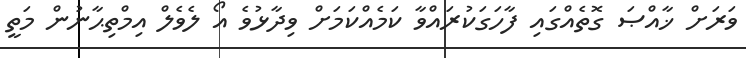
ވަރަށް ޚާއްޞަ ގޮތެއްގައި ފާހަގަކުރައްވާ ކަމެއްކަމަށް ވިދާޅުވެ އޯ ލެވެލް އިމްތިޙާނުން މަތީ